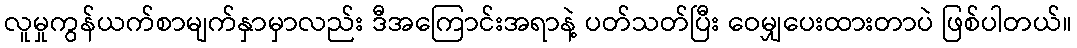
လူမှုကွန်ယက်စာမျက်နှာမှာလည်း ဒီအကြောင်းအရာနဲ့ ပတ်သတ်ပြီး ဝေမျှပေးထားတာပဲ ဖြစ်ပါတယ်။